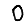
Digit: 0